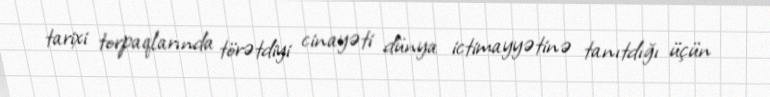
tarixi torpaqlarında törətdiyi cinayəti dünya ictimayyətinə tanıtdığı üçün